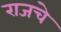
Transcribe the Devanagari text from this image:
राजचे